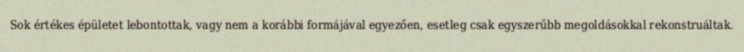
Sok értékes épületet lebontottak, vagy nem a korábbi formájával egyezően, esetleg csak egyszerűbb megoldásokkal rekonstruáltak.